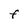
Character: F